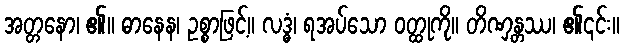
အတ္တနော၊ ၏။ ဓာနေန၊ ဥစ္စာဖြင့်။ လဒ္ဓံ၊ ရအပ်သော ဝတ္ထုကို။ တိဏှန္တဿ၊ ၏၎င်း။